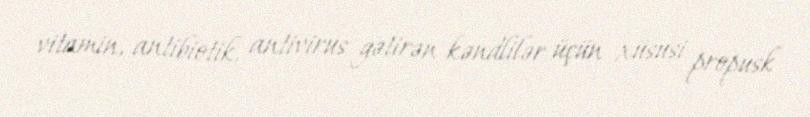
vitamin, antibiotik, antivirus gətirən kəndlilər üçün xüsusi propusk